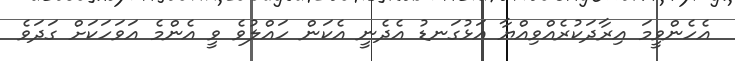
އެހެންވީމަ އިރާދަކުރެއްވިއްޔާ އަޅުގަނޑު އެދެނީ އެކަން ހައްލުވެ ވީ އެންމެ އަވަހަކަށް ގަދަވެ